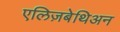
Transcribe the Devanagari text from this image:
एलिज़बेथिअन